Indian journal of veterinary science and animal husbandry - Volume 11,
Year: 1941
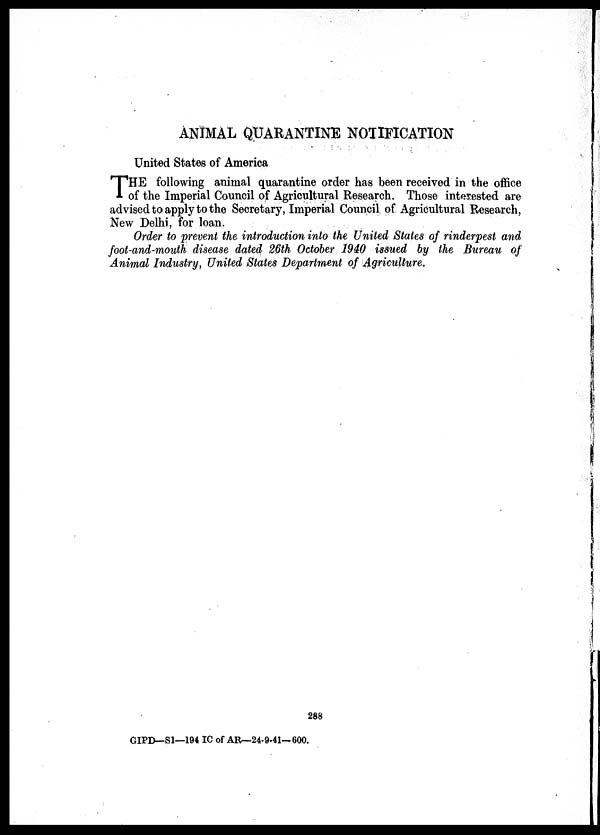
ANIMAL QUARANTINE NOTIFICATION
United States of America
T HE following animal quarantine order has been received in the office
of the Imperial Council of Agricultural Research. Those interested are
advised to apply to the Secretary, Imperial Council of Agricultural Research,
New Delhi, for loan.
Order to prevent the introduction into the United States of rinderpest and
foot-and-mouth disease dated 26th October 1940 issued by the Bureau of
Animal Industry, United States Department of Agriculture.
288
GIPD—S1—194 IC of AR—24-9-41— 600.